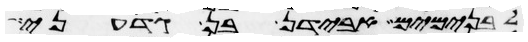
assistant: לבנימים אבידן בן גדעוני